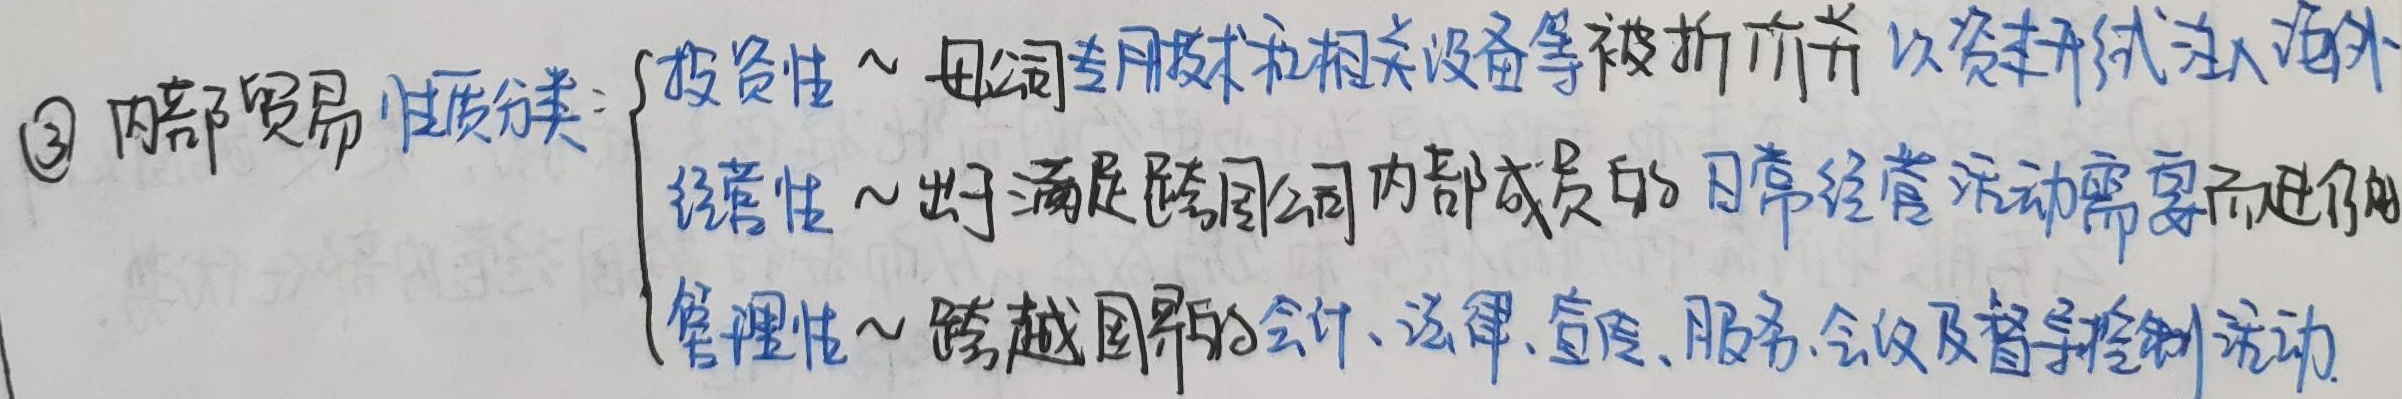
\textcircled{3} 内部贸易性质分类：
\[
\begin{cases}
\text{投资性}～\text{母公司专用技术和相关设备等被折价并以资本形式注入海外}\\
\text{经营性}～\text{出于满足跨国公司内部成员的日常经营活动需要而进行的}\\
\text{管理性}～\text{跨越国界的会计、法律、宣传、服务、会议及督导控制活动}
\end{cases}
\]